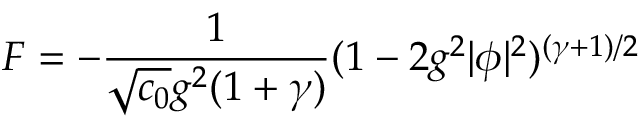
{ \cal F } = - { \frac { 1 } { \sqrt { c _ { 0 } } g ^ { 2 } ( 1 + \gamma ) } } ( 1 - 2 g ^ { 2 } | \phi | ^ { 2 } ) ^ { ( \gamma + 1 ) / 2 }